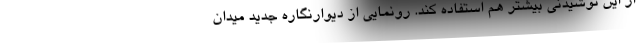
از این نوشیدنی بیشتر هم استفاده کند. رونمایی از دیوارنگاره جدید میدان